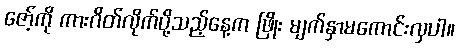
ဇော့်ကို ကားဂိတ်လိုက်ပို့သည့်နေ့က ဖြိုး မျက်နှာမကောင်းလှပါ။